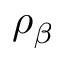
\rho _ { \beta }